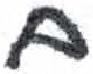
אות: ם